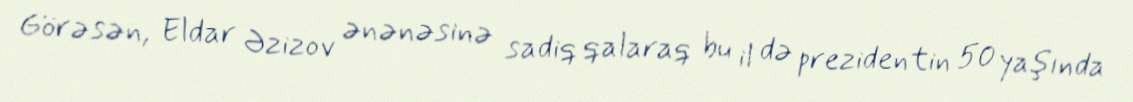
Görəsən, Eldar Əzizov ənənəsinə sadiq qalaraq bu il də prezidentin 50 yaşında